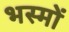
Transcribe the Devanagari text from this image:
भस्मों